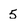
Character: 5